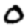
Digit: 0